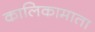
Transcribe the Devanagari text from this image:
कालिकामाता